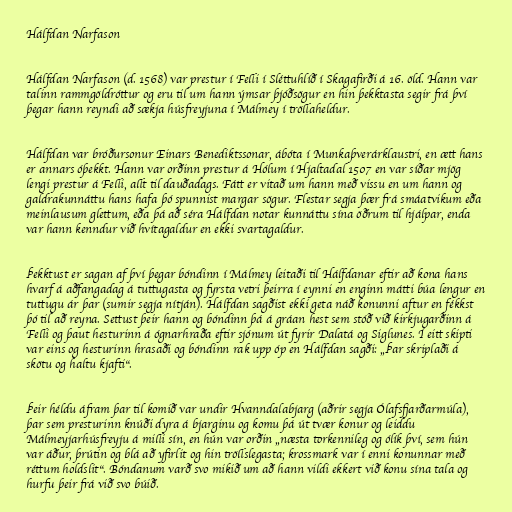
Hálfdan Narfason

Hálfdan Narfason (d. 1568) var prestur í Felli í Sléttuhlíð í Skagafirði á 16. öld. Hann var
talinn rammgöldróttur og eru til um hann ýmsar þjóðsögur en hin þekktasta segir frá því
þegar hann reyndi að sækja húsfreyjuna í Málmey í tröllaheldur.

Hálfdan var bróðursonur Einars Benediktssonar, ábóta í Munkaþverárklaustri, en ætt hans
er annars óþekkt. Hann var orðinn prestur á Hólum í Hjaltadal 1507 en var síðar mjög
lengi prestur á Felli, allt til dauðadags. Fátt er vitað um hann með vissu en um hann og
galdrakunnáttu hans hafa þó spunnist margar sögur. Flestar segja þær frá smáatvikum eða
meinlausum glettum, eða þá að séra Hálfdan notar kunnáttu sína öðrum til hjálpar, enda
var hann kenndur við hvítagaldur en ekki svartagaldur.

Þekktust er sagan af því þegar bóndinn í Málmey leitaði til Hálfdanar eftir að kona hans
hvarf á aðfangadag á tuttugasta og fyrsta vetri þeirra í eynni en enginn mátti búa lengur en
tuttugu ár þar (sumir segja nítján). Hálfdan sagðist ekki geta náð konunni aftur en fékkst
þó til að reyna. Settust þeir hann og bóndinn þá á gráan hest sem stóð við kirkjugarðinn á
Felli og þaut hesturinn á ógnarhraða eftir sjónum út fyrir Dalatá og Siglunes. Í eitt skipti
var eins og hesturinn hrasaði og bóndinn rak upp óp en Hálfdan sagði: „Þar skriplaði á
skötu og haltu kjafti“.

Þeir héldu áfram þar til komið var undir Hvanndalabjarg (aðrir segja Ólafsfjarðarmúla),
þar sem presturinn knúði dyra á bjarginu og komu þá út tvær konur og leiddu
Málmeyjarhúsfreyju á milli sín, en hún var orðin „næsta torkennileg og ólík því, sem hún
var áður, þrútin og blá að yfirlit og hin tröllslegasta; krossmark var í enni konunnar með
réttum holdslit“. Bóndanum varð svo mikið um að hann vildi ekkert við konu sína tala og
hurfu þeir frá við svo búið.